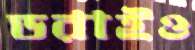
ডরাইও